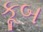
કૂબ